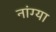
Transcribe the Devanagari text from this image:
नांग्या